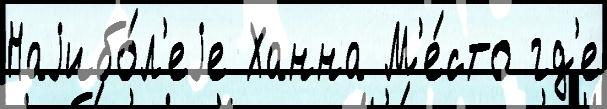
Наjибо́л'еjе Ханна М'е́сто гд'е